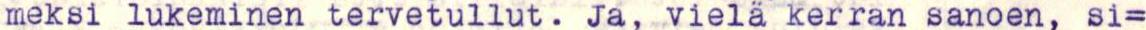
meksi lukeminen tervetullut. Ja, vielä kerran sanoen, si=